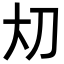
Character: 𪥂